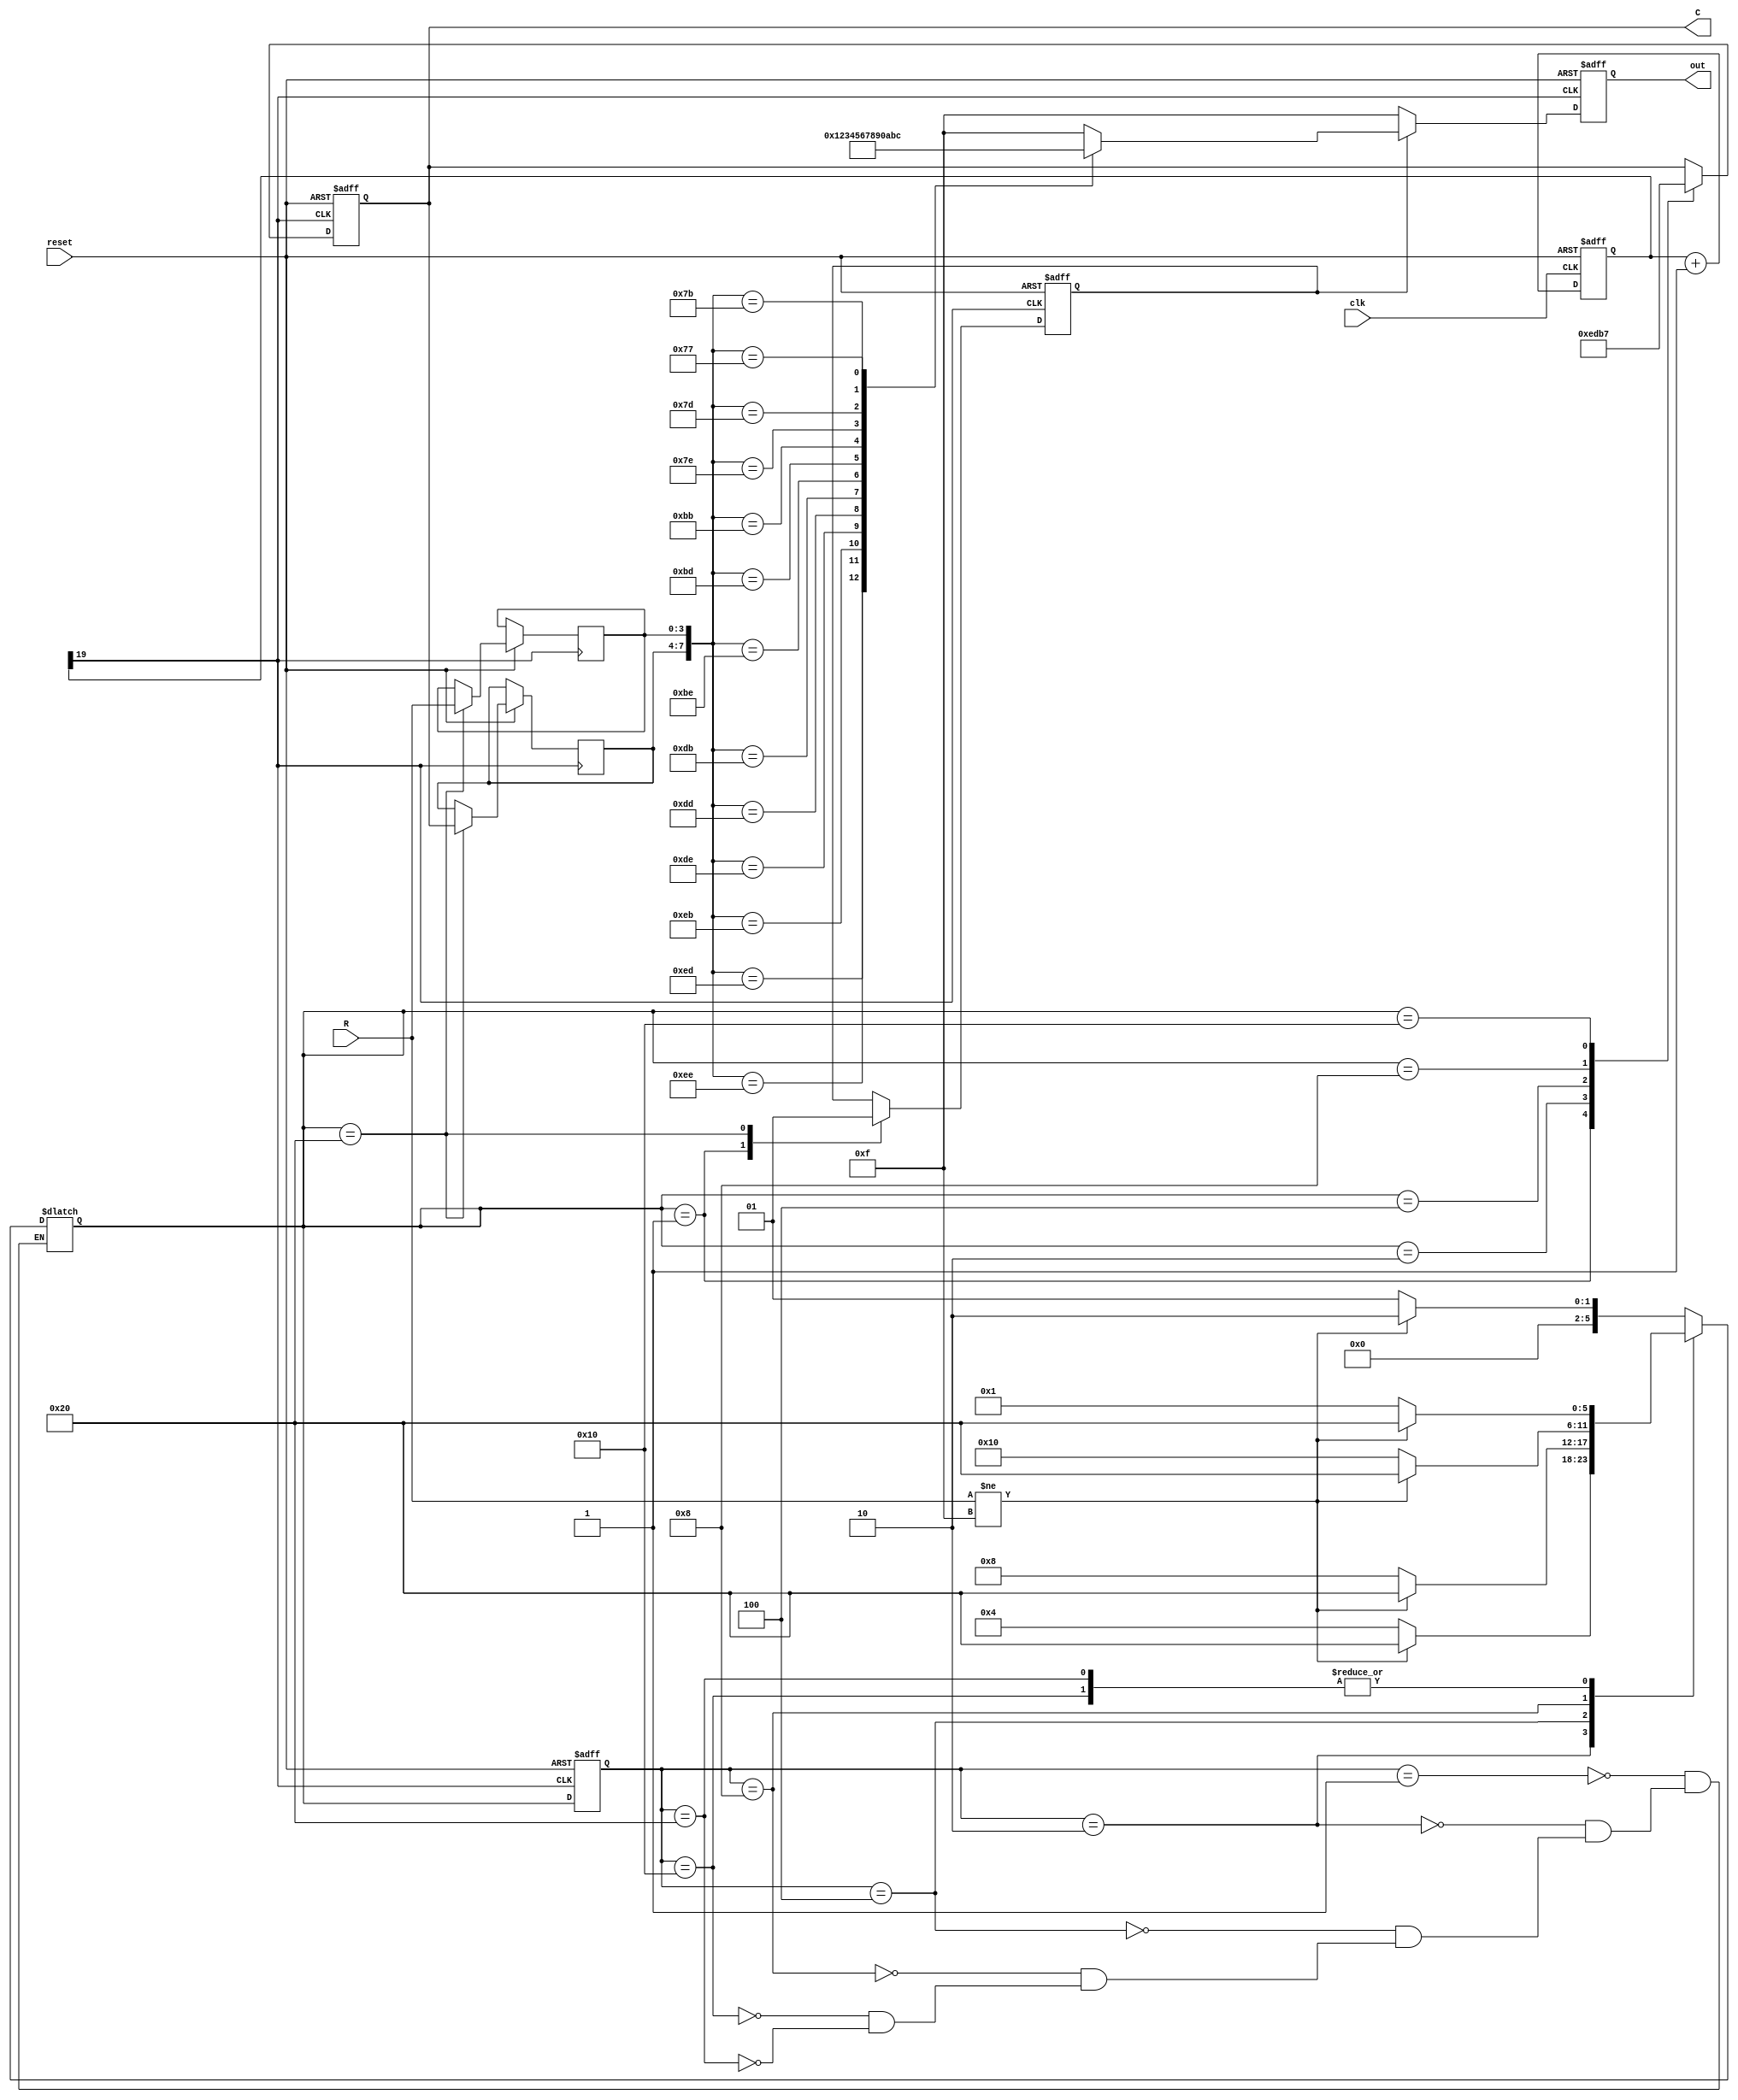
module Keyboard					  //
(
	input clk,						  //
	input reset,					  //
	input [3:0] R,             //   
	output reg [3:0] C,        //
	output reg [3:0] out    	//
);

//
reg[19:0] count;

always @ (posedge clk,negedge reset)
	if(!reset)
			count<=0;
	else
			count<=count+1'b1;
	
wire key_clk=count[19];						//f=50MHz/2^20=47Hz T=21ms
//
//wire key_clk = clk;
//
parameter NULL=6'b000_001;     //
parameter COL0=6'b000_010;     
parameter COL1=6'b000_100;		 
parameter COL2=6'b001_000;		 
parameter COL3=6'b010_000;     
parameter PRESSED=6'b100_000;  //

reg[5:0] current,next;

//
always @ (posedge key_clk , negedge reset)
	if(!reset)
		begin	
			current<=NULL;
		end
	else
		begin
			current<=next;
		end

//
always @ *     
	case(current)
		NULL:
			if(R!=4'b1111)
				begin
					next<=COL0;
				end
			else
				begin
					next<=NULL;
				end
		COL0:
			if(R!=4'b1111)   
				begin
					next<=PRESSED;
				end
			else
				begin
					next<=COL1;
				end
		COL1:
			if(R!=4'b1111)
				begin
					next<=PRESSED;
				end
			else
				begin
					next<=COL2;
				end
		COL2:
			if(R!=4'b1111)
				begin
					next<=PRESSED;
				end
			else
				begin
					next<=COL3;
				end
		COL3:
			if(R!=4'b1111)
				begin
					next<=PRESSED;
				end
			else
				begin
					next<=NULL;
				end
		PRESSED:
			if(R!=4'b1111)
				begin
					next<=PRESSED;
				end
			else
				begin
					next<=NULL;
				end
	endcase

	
//
reg isPressed;							//
reg [3:0] value_col,value_row;	//

always @ (posedge key_clk,negedge reset)
	if(!reset)
		begin
			C<=4'b0000;             
			isPressed<=0;
		end
	else
	   case(next)
			NULL:
				begin
					C<=4'b0000;
					isPressed<=0;
				end
			COL0: C<=4'b1110;  
			COL1: C<=4'b1101;
			COL2: C<=4'b1011;
			COL3: C<=4'b0111;	
			PRESSED:
				begin
					value_col<=C;
					value_row<=R;
					isPressed<=1;
				end
		endcase
//

//
always @ (posedge key_clk,negedge reset)
	if(!reset)
		begin
			out=4'hf;
		end
	else
		if(isPressed)
			case({value_col,value_row})//????
				8'b1110_1110:
					out=4'h1;
				8'b1110_1101:
					out=4'h2;
				8'b1110_1011:
					out=4'h3;
					
				8'b1101_1110:
					out=4'h4;
				8'b1101_1101:
					out=4'h5;
				8'b1101_1011:
					out=4'h6;
					
				8'b1011_1110:
					out=4'h7;
				8'b1011_1101:
					out=4'h8;
				8'b1011_1011:
					out=4'h9;
					
				8'b0111_1110:
					out=4'h0;	
				8'b0111_1101:
					out=4'ha;//
				8'b0111_1011:
					out=4'hb;//
				8'b0111_0111:
					out=4'hc;//
				
				default:
					out=4'hf;
			endcase
		else
			out=4'hf;
			
endmodule